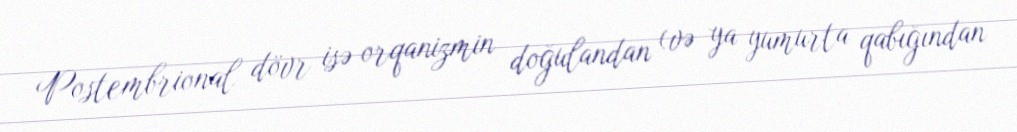
Postembrional dövr isə orqanizmin doğulandan (və ya yumurta qabığından